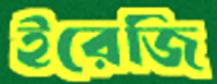
ইরেজি